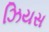
ઝિયસ